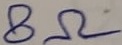
Text: 8Ω